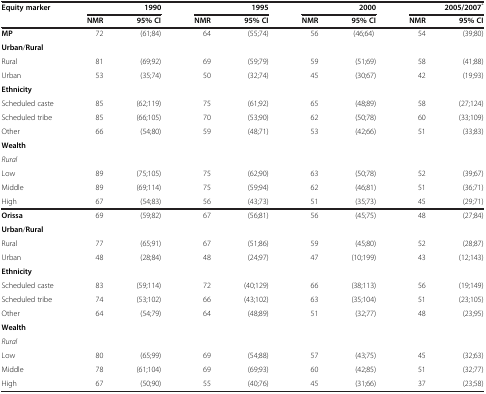
<table><thead><tr><td><b>Equity marker</b></td><td colspan="2"><b>1990</b></td><td colspan="2"><b>1995</b></td><td colspan="2"><b>2000</b></td><td colspan="2"><b>2005/2007<sup>*</sup></b></td></tr><tr><td>[EMPTY_CELL]</td><td><b>NMR</b></td><td><b>95% CI</b></td><td><b>NMR</b></td><td><b>95% CI</b></td><td><b>NMR</b></td><td><b>95% CI</b></td><td><b>NMR</b></td><td><b>95% CI</b></td></tr></thead><tbody><tr><td><b>MP</b></td><td>72</td><td>(61;84)</td><td>64</td><td>(55;74)</td><td>56</td><td>(46;64)</td><td>54</td><td>(39;80)</td></tr><tr><td><b>Urban</b>/<b>Rural</b></td><td>[EMPTY_CELL]</td><td>[EMPTY_CELL]</td><td>[EMPTY_CELL]</td><td>[EMPTY_CELL]</td><td>[EMPTY_CELL]</td><td>[EMPTY_CELL]</td><td>[EMPTY_CELL]</td><td>[EMPTY_CELL]</td></tr><tr><td>Rural</td><td>81</td><td>(69;92)</td><td>69</td><td>(59;79)</td><td>59</td><td>(51;69)</td><td>58</td><td>(41;88)</td></tr><tr><td>Urban</td><td>53</td><td>(35;74)</td><td>50</td><td>(32;74)</td><td>45</td><td>(30;67)</td><td>42</td><td>(19;93)</td></tr><tr><td><b>Ethnicity</b></td><td>[EMPTY_CELL]</td><td>[EMPTY_CELL]</td><td>[EMPTY_CELL]</td><td>[EMPTY_CELL]</td><td>[EMPTY_CELL]</td><td>[EMPTY_CELL]</td><td>[EMPTY_CELL]</td><td>[EMPTY_CELL]</td></tr><tr><td>Scheduled caste</td><td>85</td><td>(62;119)</td><td>75</td><td>(61;92)</td><td>65</td><td>(48;89)</td><td>58</td><td>(27;124)</td></tr><tr><td>Scheduled tribe</td><td>85</td><td>(66;105)</td><td>70</td><td>(53;90)</td><td>62</td><td>(50;78)</td><td>60</td><td>(33;109)</td></tr><tr><td>Other</td><td>66</td><td>(54;80)</td><td>59</td><td>(48;71)</td><td>53</td><td>(42;66)</td><td>51</td><td>(33;83)</td></tr><tr><td><b>Wealth</b></td><td>[EMPTY_CELL]</td><td>[EMPTY_CELL]</td><td>[EMPTY_CELL]</td><td>[EMPTY_CELL]</td><td>[EMPTY_CELL]</td><td>[EMPTY_CELL]</td><td>[EMPTY_CELL]</td><td>[EMPTY_CELL]</td></tr><tr><td><i>Rural</i></td><td>[EMPTY_CELL]</td><td>[EMPTY_CELL]</td><td>[EMPTY_CELL]</td><td>[EMPTY_CELL]</td><td>[EMPTY_CELL]</td><td>[EMPTY_CELL]</td><td>[EMPTY_CELL]</td><td>[EMPTY_CELL]</td></tr><tr><td>Low</td><td>89</td><td>(75;105)</td><td>75</td><td>(62;90)</td><td>63</td><td>(50;78)</td><td>52</td><td>(39;67)</td></tr><tr><td>Middle</td><td>89</td><td>(69;114)</td><td>75</td><td>(59;94)</td><td>62</td><td>(46;81)</td><td>51</td><td>(36;71)</td></tr><tr><td>High</td><td>67</td><td>(54;83)</td><td>56</td><td>(43;73)</td><td>51</td><td>(35;73)</td><td>45</td><td>(29;71)</td></tr><tr><td><b>Orissa</b></td><td>69</td><td>(59;82)</td><td>67</td><td>(56;81)</td><td>56</td><td>(45;75)</td><td>48</td><td>(27;84)</td></tr><tr><td><b>Urban</b>/<b>Rural</b></td><td>[EMPTY_CELL]</td><td>[EMPTY_CELL]</td><td>[EMPTY_CELL]</td><td>[EMPTY_CELL]</td><td>[EMPTY_CELL]</td><td>[EMPTY_CELL]</td><td>[EMPTY_CELL]</td><td>[EMPTY_CELL]</td></tr><tr><td>Rural</td><td>77</td><td>(65;91)</td><td>67</td><td>(51;86)</td><td>59</td><td>(45;80)</td><td>52</td><td>(28;87)</td></tr><tr><td>Urban</td><td>48</td><td>(28;84)</td><td>48</td><td>(24;97)</td><td>47</td><td>(10;199)</td><td>43</td><td>(12;143)</td></tr><tr><td><b>Ethnicity</b></td><td>[EMPTY_CELL]</td><td>[EMPTY_CELL]</td><td>[EMPTY_CELL]</td><td>[EMPTY_CELL]</td><td>[EMPTY_CELL]</td><td>[EMPTY_CELL]</td><td>[EMPTY_CELL]</td><td>[EMPTY_CELL]</td></tr><tr><td>Scheduled caste</td><td>83</td><td>(59;114)</td><td>72</td><td>(40;129)</td><td>66</td><td>(38;113)</td><td>56</td><td>(19;149)</td></tr><tr><td>Scheduled tribe</td><td>74</td><td>(53;102)</td><td>66</td><td>(43;102)</td><td>63</td><td>(35;104)</td><td>51</td><td>(23;105)</td></tr><tr><td>Other</td><td>64</td><td>(54;79)</td><td>64</td><td>(48;89)</td><td>51</td><td>(32;77)</td><td>48</td><td>(23;95)</td></tr><tr><td><b>Wealth</b></td><td>[EMPTY_CELL]</td><td>[EMPTY_CELL]</td><td>[EMPTY_CELL]</td><td>[EMPTY_CELL]</td><td>[EMPTY_CELL]</td><td>[EMPTY_CELL]</td><td>[EMPTY_CELL]</td><td>[EMPTY_CELL]</td></tr><tr><td><i>Rural</i></td><td>[EMPTY_CELL]</td><td>[EMPTY_CELL]</td><td>[EMPTY_CELL]</td><td>[EMPTY_CELL]</td><td>[EMPTY_CELL]</td><td>[EMPTY_CELL]</td><td>[EMPTY_CELL]</td><td>[EMPTY_CELL]</td></tr><tr><td>Low</td><td>80</td><td>(65;99)</td><td>69</td><td>(54;88)</td><td>57</td><td>(43;75)</td><td>45</td><td>(32;63)</td></tr><tr><td>Middle</td><td>78</td><td>(61;104)</td><td>69</td><td>(69;93)</td><td>60</td><td>(42;85)</td><td>51</td><td>(32;77)</td></tr><tr><td>High</td><td>67</td><td>(50;90)</td><td>55</td><td>(40;76)</td><td>45</td><td>(31;66)</td><td>37</td><td>(23;58)</td></tr></tbody></table>